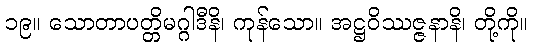
၁၉။ သောတာပတ္တိမဂ္ဂါဒီနိ၊ ကုန်သော။ အဋ္ဌဝိဿဇ္ဇနာနိ၊ တို့ကို။